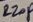
Text: 220P